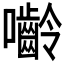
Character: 𭌿